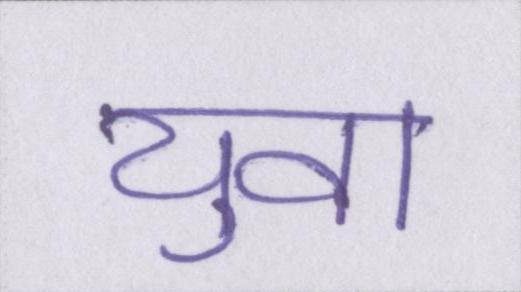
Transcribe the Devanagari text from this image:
युवा